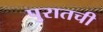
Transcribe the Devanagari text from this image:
पुरातची